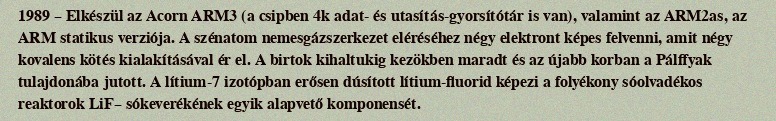
1989 – Elkészül az Acorn ARM3 (a csipben 4k adat- és utasítás-gyorsítótár is van), valamint az ARM2as, az ARM statikus verziója. A szénatom nemesgázszerkezet eléréséhez négy elektront képes felvenni, amit négy kovalens kötés kialakításával ér el. A birtok kihaltukig kezökben maradt és az újabb korban a Pálffyak tulajdonába jutott. A lítium-7 izotópban erősen dúsított lítium-fluorid képezi a folyékony sóolvadékos reaktorok LiF– sókeverékének egyik alapvető komponensét.